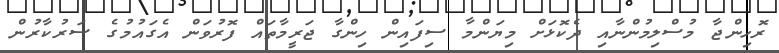
ރޮހިންޖާ މުސްލިމުންނާއި ދެކޮޅަށް މިޔަންމާ ސިފައިން ހިންގާ ޖަރީމާތައް ފޮރުވަން އެގައުމުގެ ސަރުކާރުން